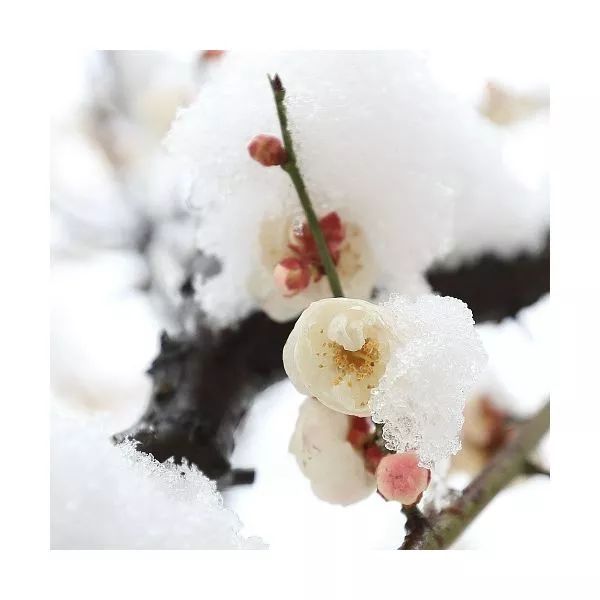
陌上风光浓处。第一寒梅先吐。